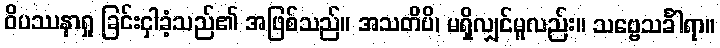
ဝိပဿနာရှု ခြင်းငှါခံ့သည်၏ အဖြစ်သည်။ အသတိပိ၊ မရှိလျှင်မူလည်း။ သဗ္ဗေသင်္ခါရာ။